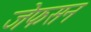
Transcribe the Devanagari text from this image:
जेफसन